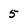
Character: 5